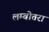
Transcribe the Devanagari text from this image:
लम्बोतरा